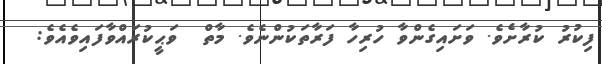
ފިކުރު ކުރާށެވެ. ވަށައިގެންވާ ހުރިހާ ފަރާތަކުންނެވެ. މާތް  ވަޙީކުރައްވާފައިވެއެވެ: